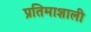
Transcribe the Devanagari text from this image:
प्रतिमाशाली